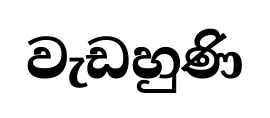
වැඩහුණි